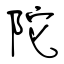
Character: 陀